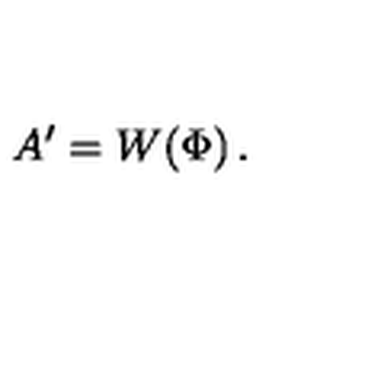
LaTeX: A ^ { \prime } = W \! \left( \Phi \right) .